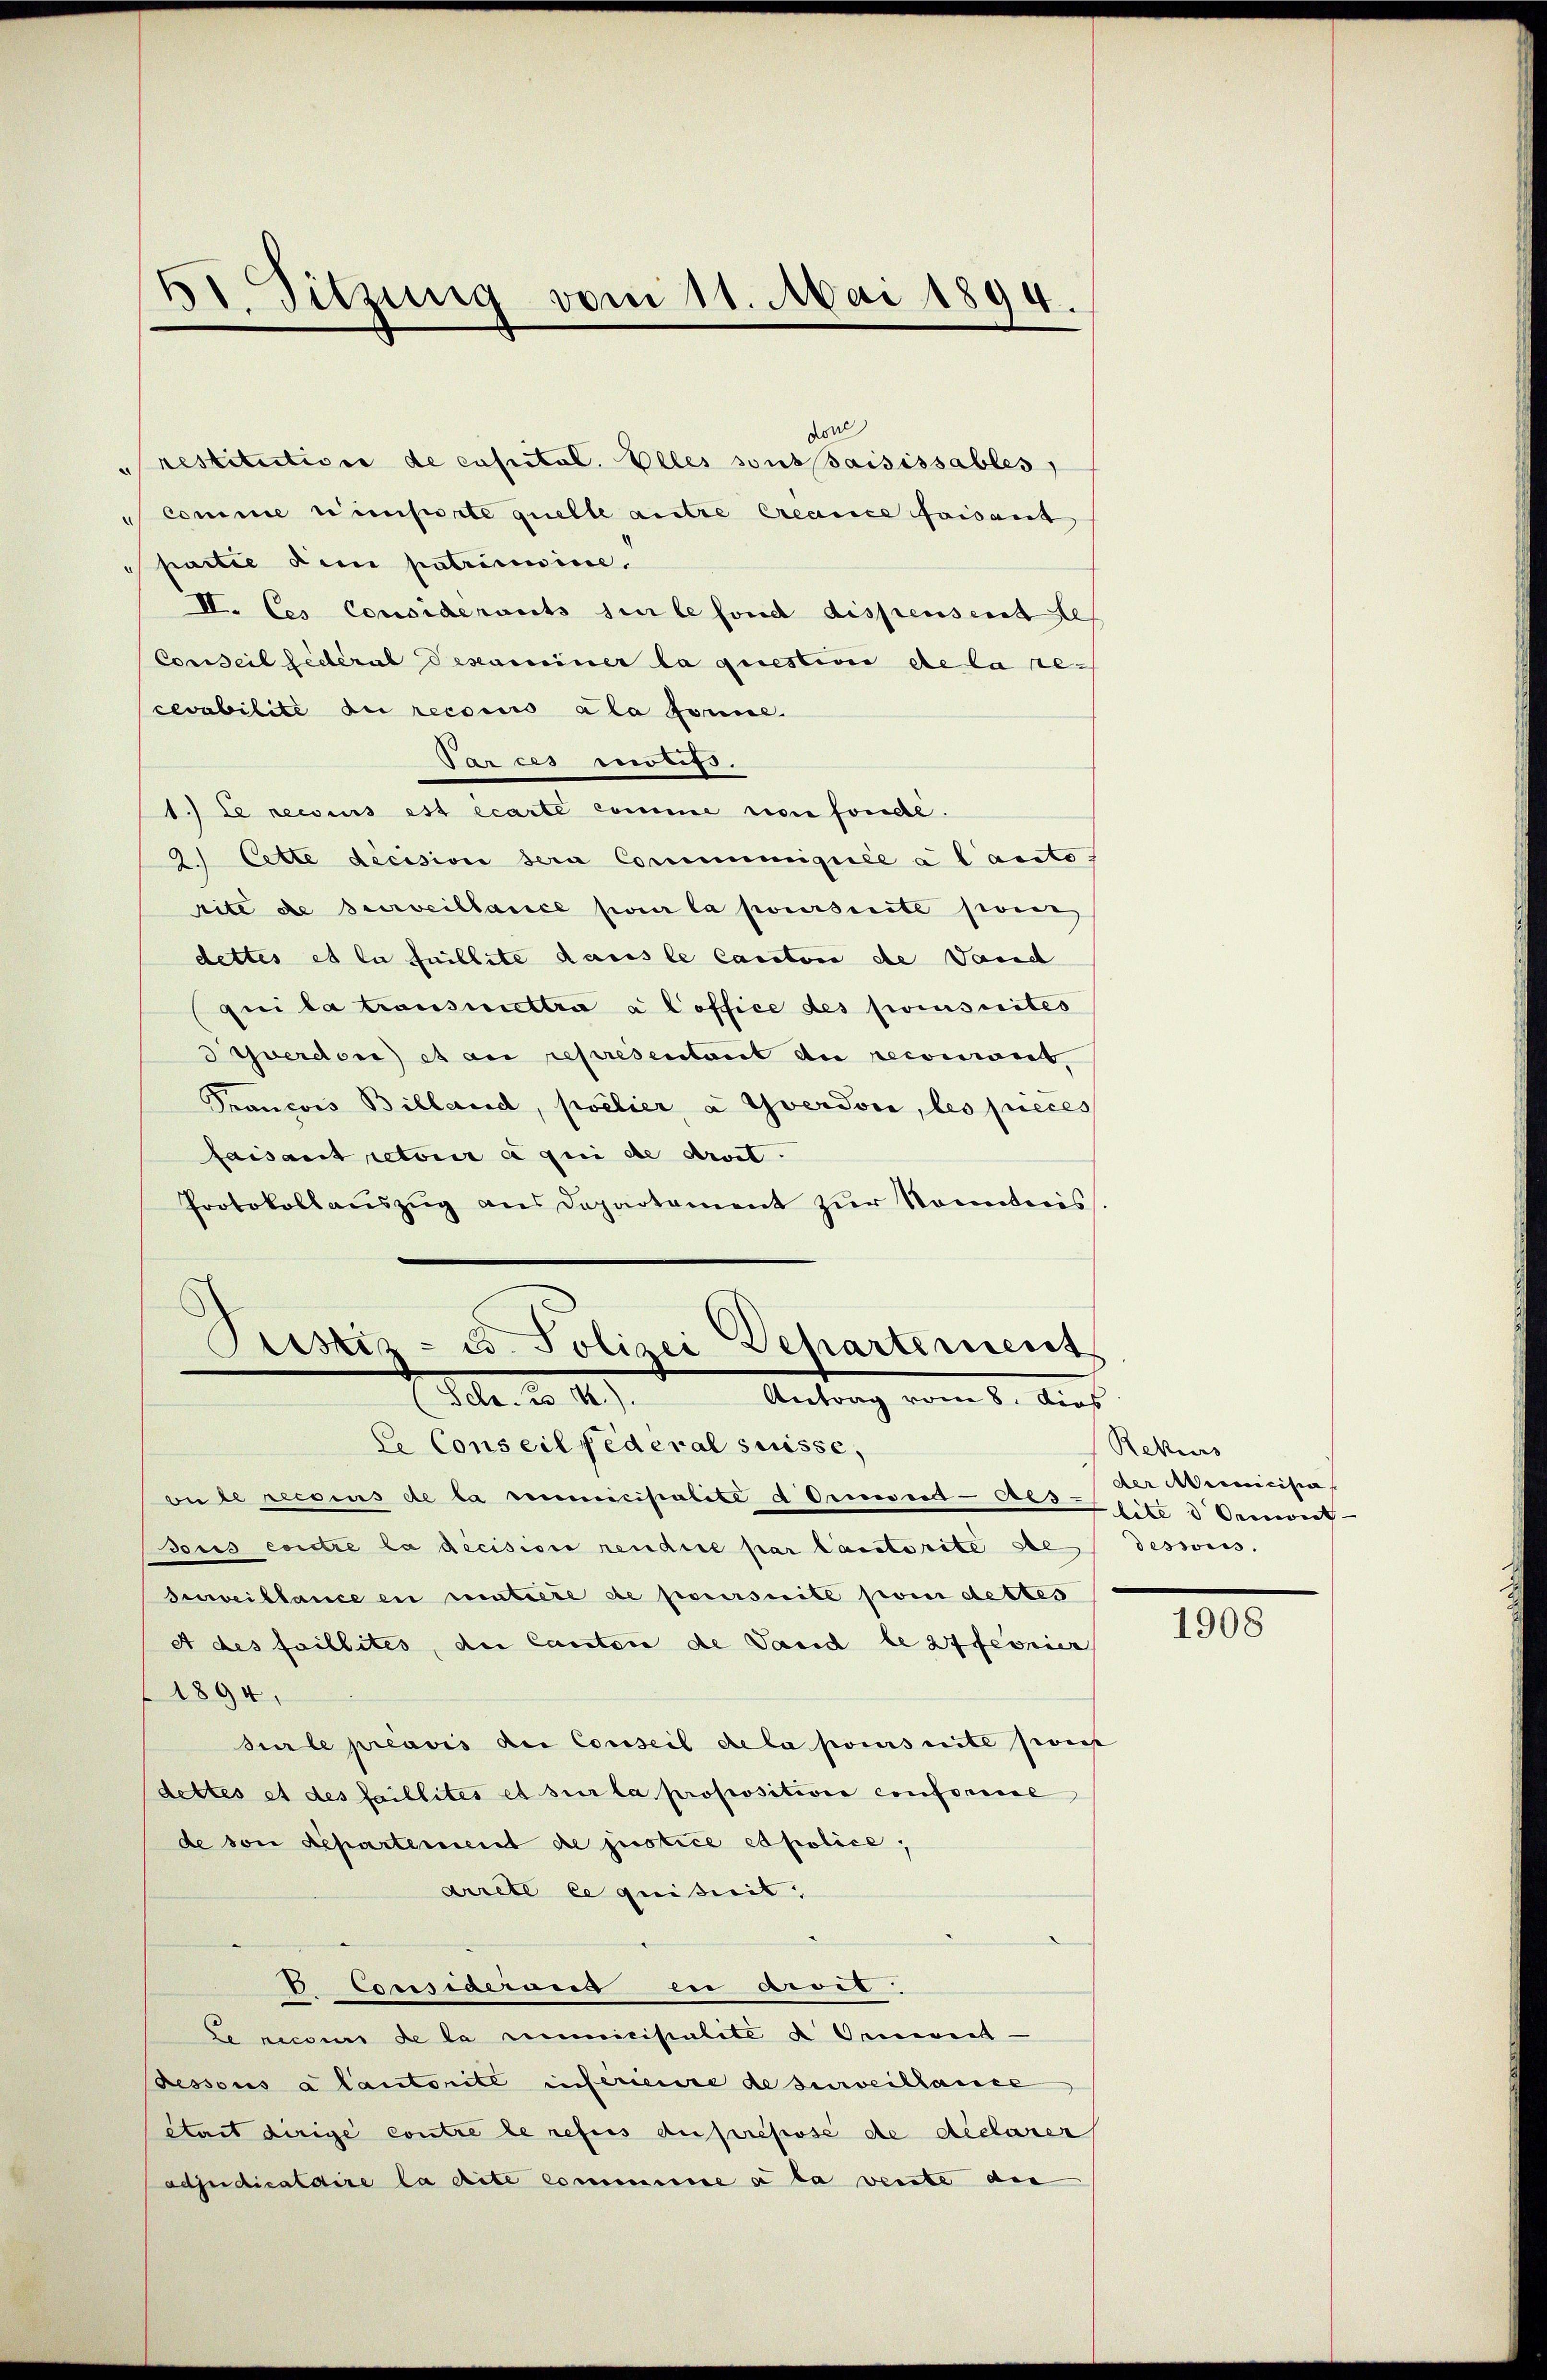
restitution de custol. Elles sons saisissables,
a
comme nisierte quelle autre créance faisant
partie dem patrimine.
II. Ces Considerants sie le fond dispensent des
Conseil fédéral Dexaminer la question de la re-
cevabilité du recono ala forme.
Parces aufs.
1.) Le recius est écarte comme von fonde.
2. Cette decision sera Communiquée a lauto
rite de surveillance pour la poursuite seine
dettes et la faillite dans le Canton de Vand
qui la transmettra a l office des priusuites
isverdon) et an representant du reconiert.
Prancois Billand, poelier, à Yverdon, les pieces
faisant retoir à qui de droit.
Protokollaŭszŭg ans Departement zŭr Sonntnis.

51. Sitzung vom 11. Mai 1894.

don

Pristiz- u. Polizei Departement
Hlr. u. 147.
Antrag vom 5. Aus

le Conseil Federal suisse,
on le recsius de la semmicipalite d. Griesend -Aes-Esité d Oenerer
Tous contre la décision rendire par lautorite de
Juweillance en citiere de poursuite pom dettes
A des faillites, die Canton de Land le 27 feonier
1894,
surle préavis der Conseil de la poursuite seit
dettes et des faillités et sur la propositiver conformie
de von departement de justice es police,
arrete ce quisit,
 Consigerung in accet
Le recours de la remicipalite d Omen —
Ressous a Cantonité inférieure de surveillance
était dirige contre le refus du presse de declarer
adjudicaldire la dite comminie de la vente des

Rekurs
der Municipia
dessens.

1908